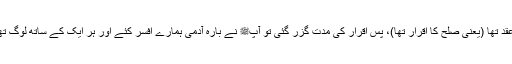
میں بھی صبح کو وہیں تھا اور ہمارے اور ایک قوم کے درمیان عقد تھا (یعنی صلح کا اقرار تھا)، پس اقرار کی مدت گزر گئی تو آپﷺ نے بارہ آدمی ہمارے افسر کئے اور ہر ایک کے ساتھ لوگ تھے اور اللہ تعالیٰ جانتا ہے کہ ہر ایک کے ساتھ کتنے لوگ تھے۔